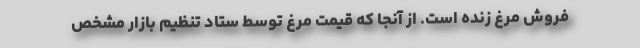
فروش مرغ زنده است. از آنجا که قیمت مرغ توسط ستاد تنظیم بازار مشخص